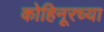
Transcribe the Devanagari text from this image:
कोहिनूरच्या